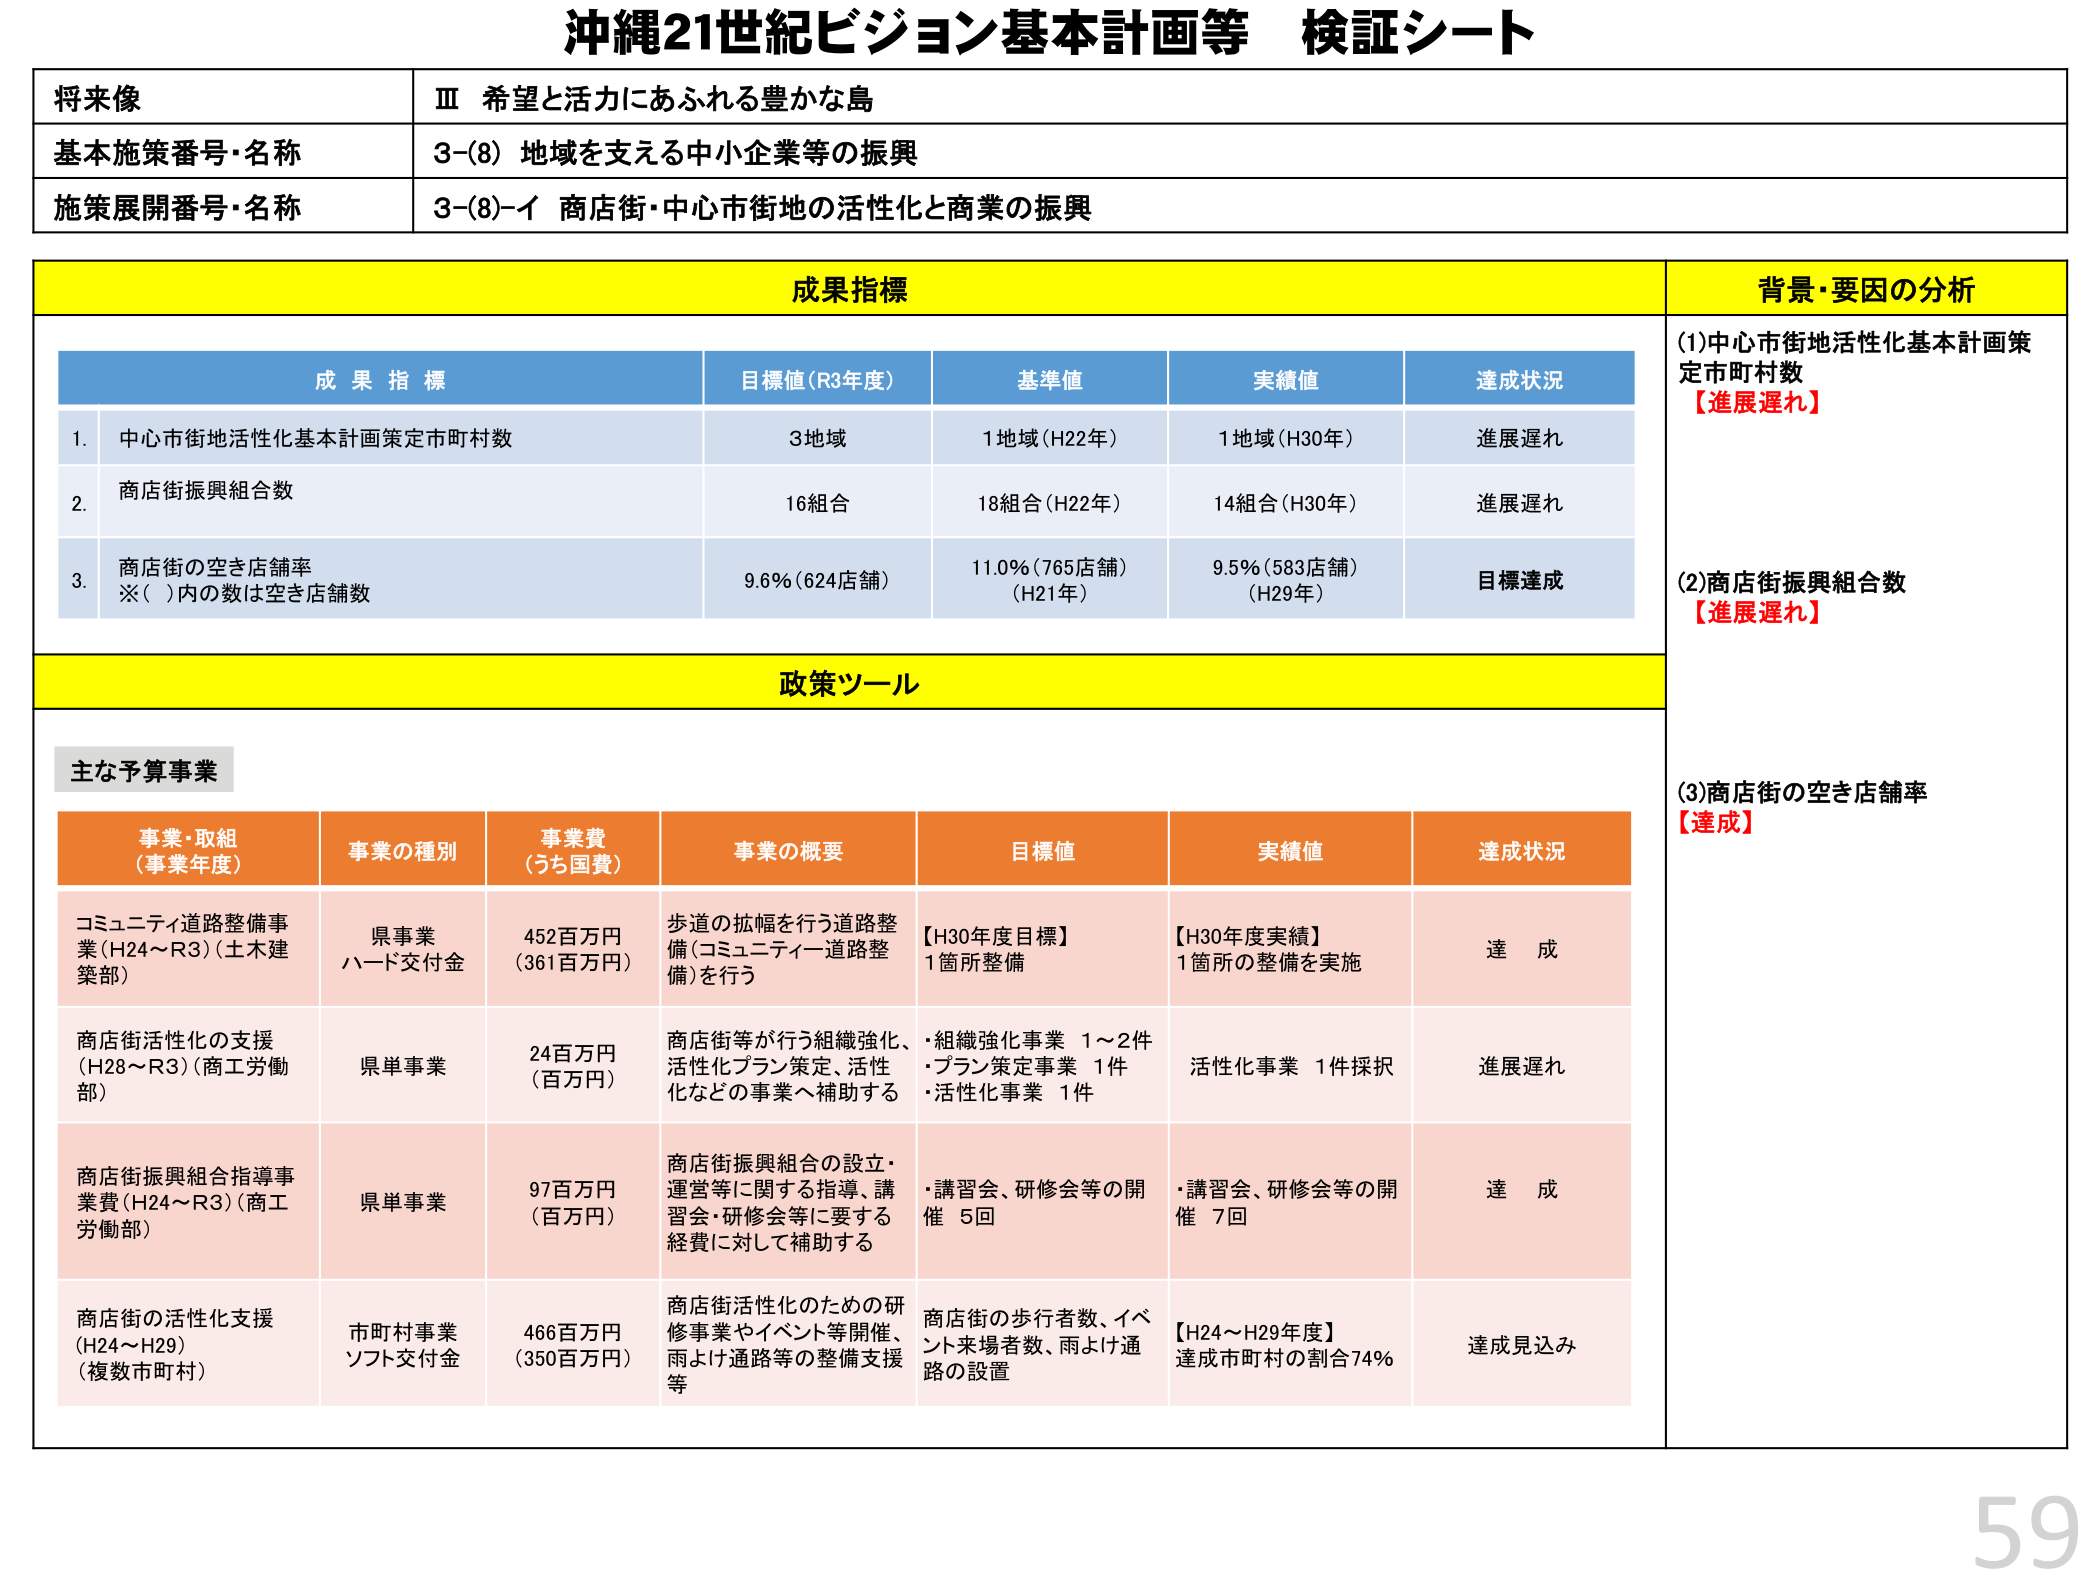
沖縄21世紀ビジョン基本計画等 検証シート

将来像
Ⅲ 希望と活力にあふれる豊かな島

基本施策番号・名称
3-(8) 地域を支える中小企業等の振興

施策展開番号・名称
3-(8)-イ 商店街・中心市街地の活性化と商業の振興

成果指標

成果指標
目標値（R3年度）
基準値
実績値
達成状況

1. 中心市街地活性化基本計画策定市町村数
3地域
1地域（H22年）
1地域（H30年）
進展遅れ

2. 商店街振興組合数
16組合
18組合（H22年）
14組合（H30年）
進展遅れ

3. 商店街の空き店舗率
※（ ）内の数は空き店舗数
9.6%（624店舗）
11.0%（765店舗）（H21年）
9.5%（583店舗）（H29年）
目標達成

背景・要因の分析

(1)中心市街地活性化基本計画策定市町村数
【進展遅れ】

(2)商店街振興組合数
【進展遅れ】

(3)商店街の空き店舗率
【達成】

政策ツール

主な予算事業

事業・取組（事業年度）
事業の種別
事業費（うち国費）
事業の概要
目標値
実績値
達成状況

コミュニティ道路整備事業（H24～R3）（土木建築部）
県事業 ハード交付金
452百万円（361百万円）
歩道の拡幅を行う道路整備（コミュニティ道路整備）を行う
【H30年度目標】1箇所整備
【H30年度実績】1箇所の整備を実施
達成

商店街活性化の支援（H28～R3）（商工労働部）
県単事業
24百万円（百万円）
商店街等が行う組織強化、活性化プラン策定、活性化などの事業へ補助する
・組織強化事業 1～2件
・プラン策定事業 1件
・活性化事業 1件
活性化事業 1件採択
進展遅れ

商店街振興組合指導事業費（H24～R3）（商工労働部）
県単事業
97百万円（百万円）
商店街振興組合の設立・運営等に関する指導、講習会・研修会等に要する経費に対して補助する
・講習会、研修会等の開催 5回
・講習会、研修会等の開催 7回
達成

商店街の活性化支援（H24～H29）（複数市町村）
市町村事業 ソフト交付金
466百万円（350百万円）
商店街活性化のための研修事業やイベント等開催、雨よけ通路等の整備支援等
商店街の歩行者数、イベント来場者数、雨よけ通路の設置
【H24～H29年度】達成市町村の割合74%
達成見込み

59